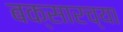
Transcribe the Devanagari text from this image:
बक्सारच्या